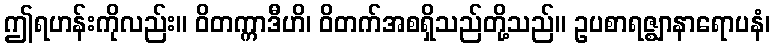
ဤရဟန်းကိုလည်း။ ဝိတက္ကာဒီဟိ၊ ဝိတက်အစရှိသည်တို့သည်။ ဥပစာရဇ္ဈာနာရောပနံ၊